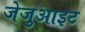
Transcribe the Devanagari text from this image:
जेजुआइट